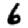
Digit: 6